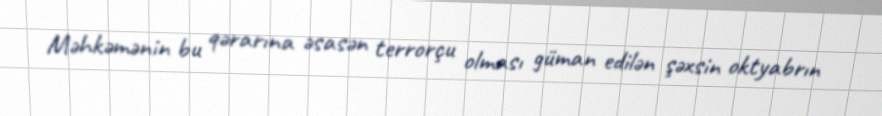
Məhkəmənin bu qərarına əsasən terrorçu olması güman edilən şəxsin oktyabrın